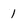
Character: 1